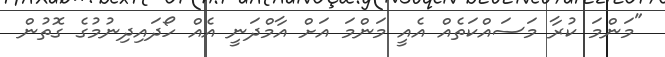
"މަންމަ ކުރާ މަސައްކަތެއް އެއީ މަންމަ އަށް އާމްދަނީ އެއް ހޯދައިދިނުމުގެ ގޮތުން